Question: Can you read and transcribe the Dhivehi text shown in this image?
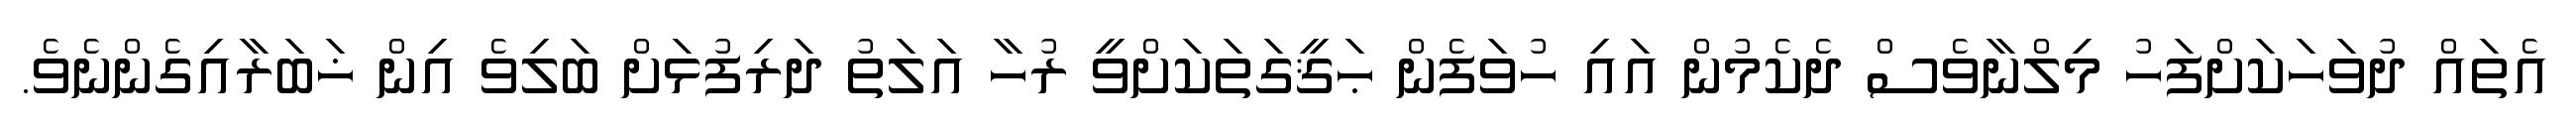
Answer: އެތައް ދުވަހަކަށްފަހު މިލްނާވެސް ދެކެމުން އައި ހުވަފެން ޙަޤީގަތަކަށްވީ ރުހާ އަލަތު ދަރިފުޅަށް ބަލިވެ އިން ޚަބަރާއިގެންނެވެ.